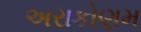
અરાકોણમ